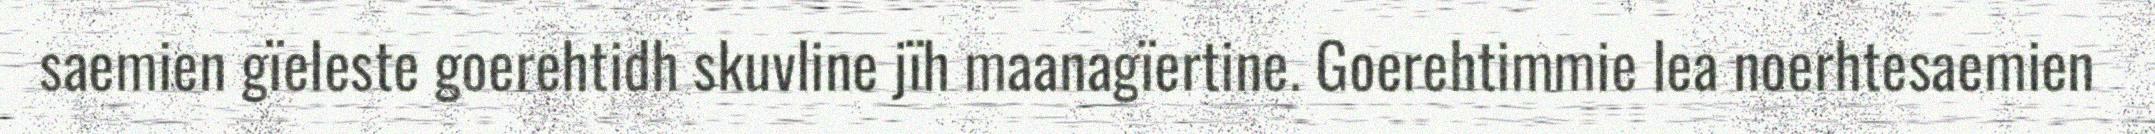
saemien gïeleste goerehtidh skuvline jïh maanagïertine. Goerehtimmie lea noerhtesaemien